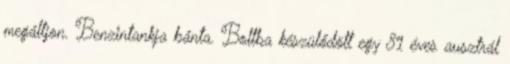
megálljon. Benzintankja bánta. Boltba készülődött egy 81 éves ausztrál